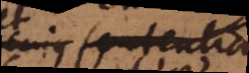
cujus sententia